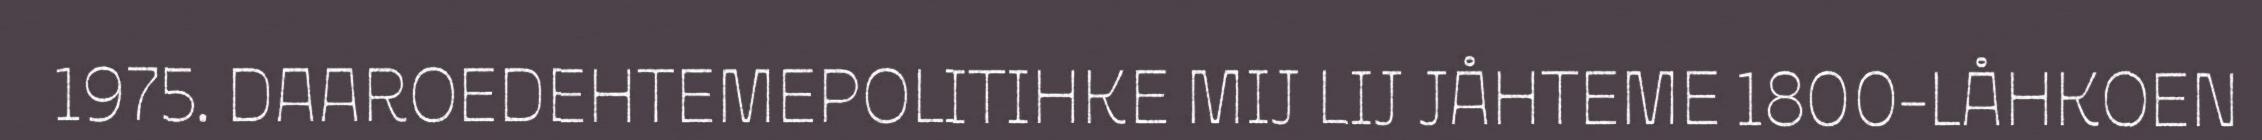
1975. DAAROEDEHTEMEPOLITIHKE MIJ LIJ JÅHTEME 1800-LÅHKOEN